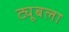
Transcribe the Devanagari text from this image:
ट्यूबला